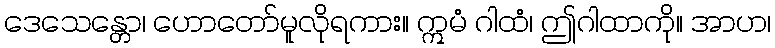
ဒေသေန္တော၊ ဟောတော်မူလိုရကား။ ဣမံ ဂါထံ၊ ဤဂါထာကို။ အာဟ၊